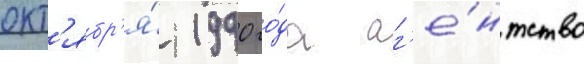
окт'ябр'я́ 1990 го́да аг'е́нтство